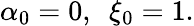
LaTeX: {\alpha_{0}}=0,~~{\xi_{0}}=1.